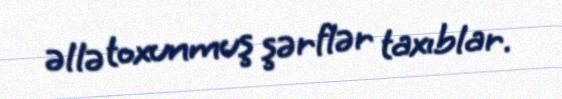
əllə toxunmuş şərflər taxıblar.